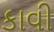
કાવી